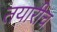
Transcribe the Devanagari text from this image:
तयारीच